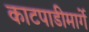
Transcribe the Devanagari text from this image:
काटपाडीमार्गे